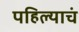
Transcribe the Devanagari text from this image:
पहिल्याचं